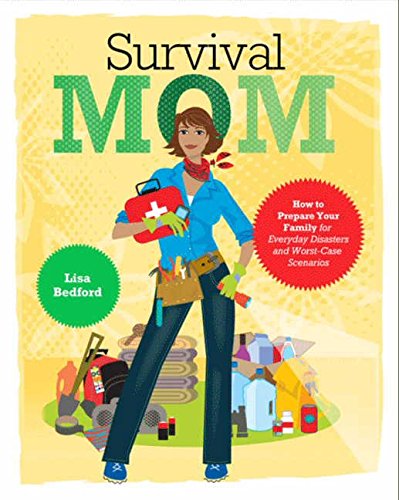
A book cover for Survival Mom: How to Prepare Your Family for Everyday Disasters and Worst-Case Scenarios; Lisa Bedford; Health, Fitness & Dieting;